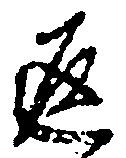
返